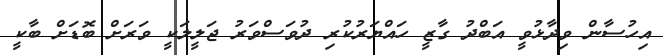
އިހުސާން ވިދާޅުވީ އަބްދު ގާޒީ ހައްޔަރުކުރި ދުވަސްވަރު ޖަލީލަކީ ވަރަށް ބޮޑަށް ބާކީ